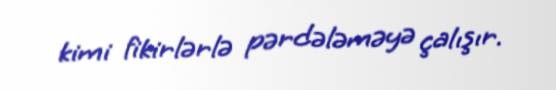
kimi fikirlərlə pərdələməyə çalışır.